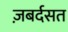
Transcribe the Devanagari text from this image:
ज़बर्दसत